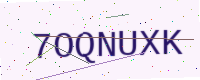
Text: 7OQNUXK